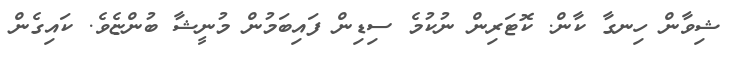
ޝިވާން ހިނގާ ކާން. ކޮޓަރިން ނުކުމެ ސިޑިން ފައިބަމުން މުނީޝާ ބުންޏެވެ. ކައިގެން